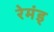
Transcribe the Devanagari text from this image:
रेमंड्